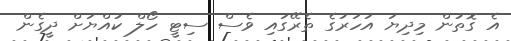
އެ ގޮތުން މިދިޔަ އަހަރުގެ ތެރޭގައި ވެސް ސިޓީ ހޯލް ކުއްޔަށް ދީގެން